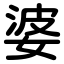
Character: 婆